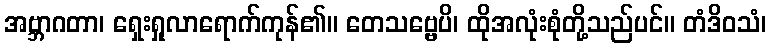
အဗ္ဘာဂတာ၊ ရှေးရှုလာရောက်ကုန်၏။ တေသဗ္ဗေပိ၊ ထိုအလုံးစုံတို့သည်ပင်။ တံဒိဝသံ၊